Vaccination United Provinces of Agra and Oudh 1914-1922 - 1914-1922
Year: 1914
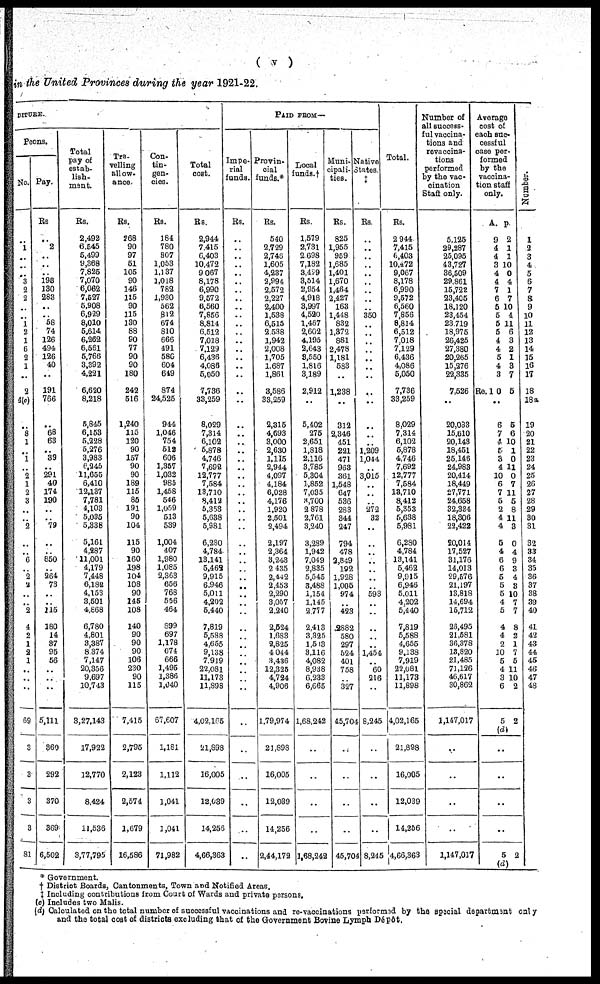
( v )
in the United Provinces during the year 1921-22.
DITURE.
Peons.
No.
..
1
..
..
..
3
2
2
..
..
1
2
1
6
2
1
..
2
4(c)
..
8
1
..
1
..
2
1
2
3
..
..
2
..
..
6
..
2
2
..
..
2
4
2
1
2
1
..
..
69
3
3
3
3
81
Pay.
Rs.
..
2
..
..
..
198
130
283
..
..
58
74
126
494
126
40
..
191
766
..
68
63
..
39
..
291
40
174
190
..
..
79
..
..
850
..
264
73
..
..
115
180
14
37
95
56
..
..
..
5,111
360
292
370
369
6,502
Total
pay of
estab-
lish¬
ment.
Rs.
2,492
6,545
5,499
9,368
7,825
7,070
6,062
7,527
5,908
6,929
8,010
5,614
6,262
6,561
5,766
3,392
4,221
6,620
8,218
5,845
6,153
5,228
5,276
3,983
6,245
11,655
6,410
12,137
7,781
4,103
5,035
5,338
5,161
4,287
11,001
4,179
7,448
6,182
4,153
3,501
4,868
6,780
4,801
3,387
8,374
7,147
20,356
9,697
10,743
3,27,143
17,922
12,770
8,424
11,536
3,77,795
Tra¬
velling
allow¬
ance.
Rs.
268
90
97
51
105
90
146
115
90
115
130
88
90
77
90
90
180
242
516
1,240
115
120
90
157
90
90
189
115
85
191
90
104
115
90
160
198
104
108
90
145
108
140
90
90
90
106
230
90
115
7,415
2,795
2,123
2,574
1,679
16,586
Con¬
tin¬
gen¬
cies.
Rs.
184
780
807
1,053
1,137
1,018
782
1,930
562
812
674
810
665
491
680
604
649
874
24,525
944
1,046
754
512
606
1,357
1,032
985
1,458
546
1,059
513
539
1,004
407
1,980
1,085
2,363
656
768
556
464
899
697
1,178
674
666
1,495
1,386
1,040
67,607
1,181
1,112
1,041
1,041
71,982
Total
cost.
Rs.
2,944
7,415
6,403
10,472
9,067
8,178
6,990
9,572
6,560
7,856
8,814
6,512
7,018
7,129
6,436
4,086
5,050
7,736
33,259
8,029
7,314
6,102
5,878
4,746
7,692
12,777
7,584
13,710
8,412
5,353
5,638
5,981
6,280
4,784
13,141
5,462
9,915
6,946
5,011
4,202
5,440
7,819
5,588
4,655
9,138
7,919
22,081
11,173
11,898
4,02,165
21,898
16,005
12,039
14,256
4,66,363
PAID FROM—
Impe¬
rial
funds.
Rs.
..
..
..
..
..
..
..
..
..
..
..
..
..
..
..
..
..
..
..
..
..
..
..
..
..
..
..
..
..
..
..
..
..
..
..
..
..
..
..
..
..
..
..
..
..
..
..
..
..
..
..
..
..
..
..
Provin¬
cial
funds.*
Rs.
540
2,729
2,745
1,605
4,237
2,994
2,572
2,227
2,400
1,538
6,515
2,538
1,942
2,008
1,705
1,687
1,861
3,586
33,259
2,315
4,693
3,000
2,630
1,115
2,944
4,097
4,184
6,028
4,176
1,920
2,501
2,494
2,197
2,364
3,243
2,435
2,442
2,453
2,290
3,057
2,240
2,524
1,683
2,825
4,044
3,436
12,325
4,724
4,906
1,79,974
21,898
16,005
12,039
14,256
2,44,172
Local
funds.†
Rs.
1,579
2,731
2,698
7,182
3,479
3,514
2,954
4,918
3,997
4,520
1,467
2,602
4,195
2,643
8,550
1,816
3,189
2,912
..
5,402
275
2,651
1,318
2,116
3,785
5,304
1,852
7,035
3,700
2,878
2,761
3,240
3,299
1,942
7,049
2,835
5,545
3,488
1,154
1,145
2,777
2,413
3,325
1,533
3,116
4,082
8,938
6,233
6,665
1,68,242
..
..
..
..
1,68,242
Muni¬
cipali¬
ties.
Rs.
825
1,955
959
1,685
1,401
1,670
1,464
2,427
163
1,448
832
1,372
881
2,478
1,181
583
..
1,238
..
312
2,346
451
221
471
963
361
1,548
647
536
283
344
247
794
478
2,849
192
1,928
1,005
974
..
423
2,882
580
297
524
401
758
..
327
45,704
..
..
..
..
45,704
Native
States.
‡
Rs.
..
..
..
..
..
..
..
..
..
350
..
..
..
..
..
..
..
..
..
..
..
..
1,209
1,044
..
3,015
..
..
..
272
32
..
..
..
..
..
..
..
593
..
..
..
..
..
1,454
..
60
216
8,245
..
..
..
8,245
Total.
Rs.
2,944
7,415
6,403
10,472
9,067
8,178
6,990
9,572
6,560
7,856
8,814
6,512
7,018
7,129
6,436
4,086
5,050
7,736
33,259
8,029
7,314
6,102
5,878
4,746
7,692
12,777
7,584
13,710
8,412
5,353
5,638
5,981
6,280
4,784
13,141
5,462
9,915
6,946
5,011
4,202
5,440
7,819
5,588
4,655
9,138
7,919
22,081
11,173
11,898
4,02,165
21,898
16,005
12,039
14,256
4,66,363
Number of
all success-
ful vaccina¬
tions and
revaccina¬
tions
performed
by the vac¬
cination
Staff only.
5,125
29,287
25,095
43,727
36,509
29,861
15,722
23,405
18,120
23,454
23,719
18,975
26,425
27,380
20,265
15,276
22,335
7,526
..
20,033
15,610
20,143
18,451
25,146
24,983
20,414
18,449
27,771
24,658
32,384
18,306
22,422
20,014
17,527
31,176
14,013
29,576
21,197
13,818
14,694
15,712
26,495
21,581
36,378
13,820
21,485
71,126
46,617
30,862
1,147,017
..
..
..
..
1,147,017
Average
cost of
each suc¬
cessful
case per¬
formed
by the
vaccina¬
tion staff
only.
A.
9
4
4
3
4
4
7
6
5
5
5
5
4
4
5
4
3
Re. 1 0
..
6
7
4
5
3
4
10
6
7
5
2
4
4
5
4
6
6
5
5
5
4
5
4
4
2
10
5
4
3
6
5
(d)
P.
2
1
1
10
0
4
1
7
10
4
11
6
3
2
1
3
7
5
5
6
10
1
0
11
0
7
11
5
8
11
3
0
4
9
3
4
3
10
7
7
8
2
1
7
5
11
10
2
2
..
..
..
..
5
(d)
2
Number.
1
2
3
4
5
6
7
8
9
10
11
12
13
14
15
16
17
18
18a
19
20
21
22
23
24
25
26
27
28
29
30
31
32
33
34
35
36
37
38
39
40
41
42
43
44
45
46
47
48
* Government.
† District Boards, Cantonments, Town and Notified Areas.
‡ Including contributions from Court of Wards and private persons.
(c) Includes two Malis.
(d) Calculated on the total number of successful vaccinations and re-vaccinations performed by the special department only
and the total cost of districts excluding that of the Government Bovine Lymph Dépôt.